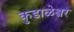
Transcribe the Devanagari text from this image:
कुडाळेश्वर